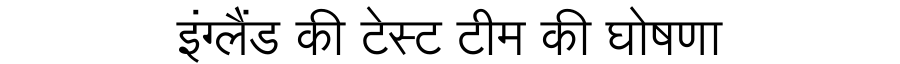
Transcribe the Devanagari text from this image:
इंग्लैंड की टेस्ट टीम की घोषणा